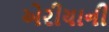
એરીયાની